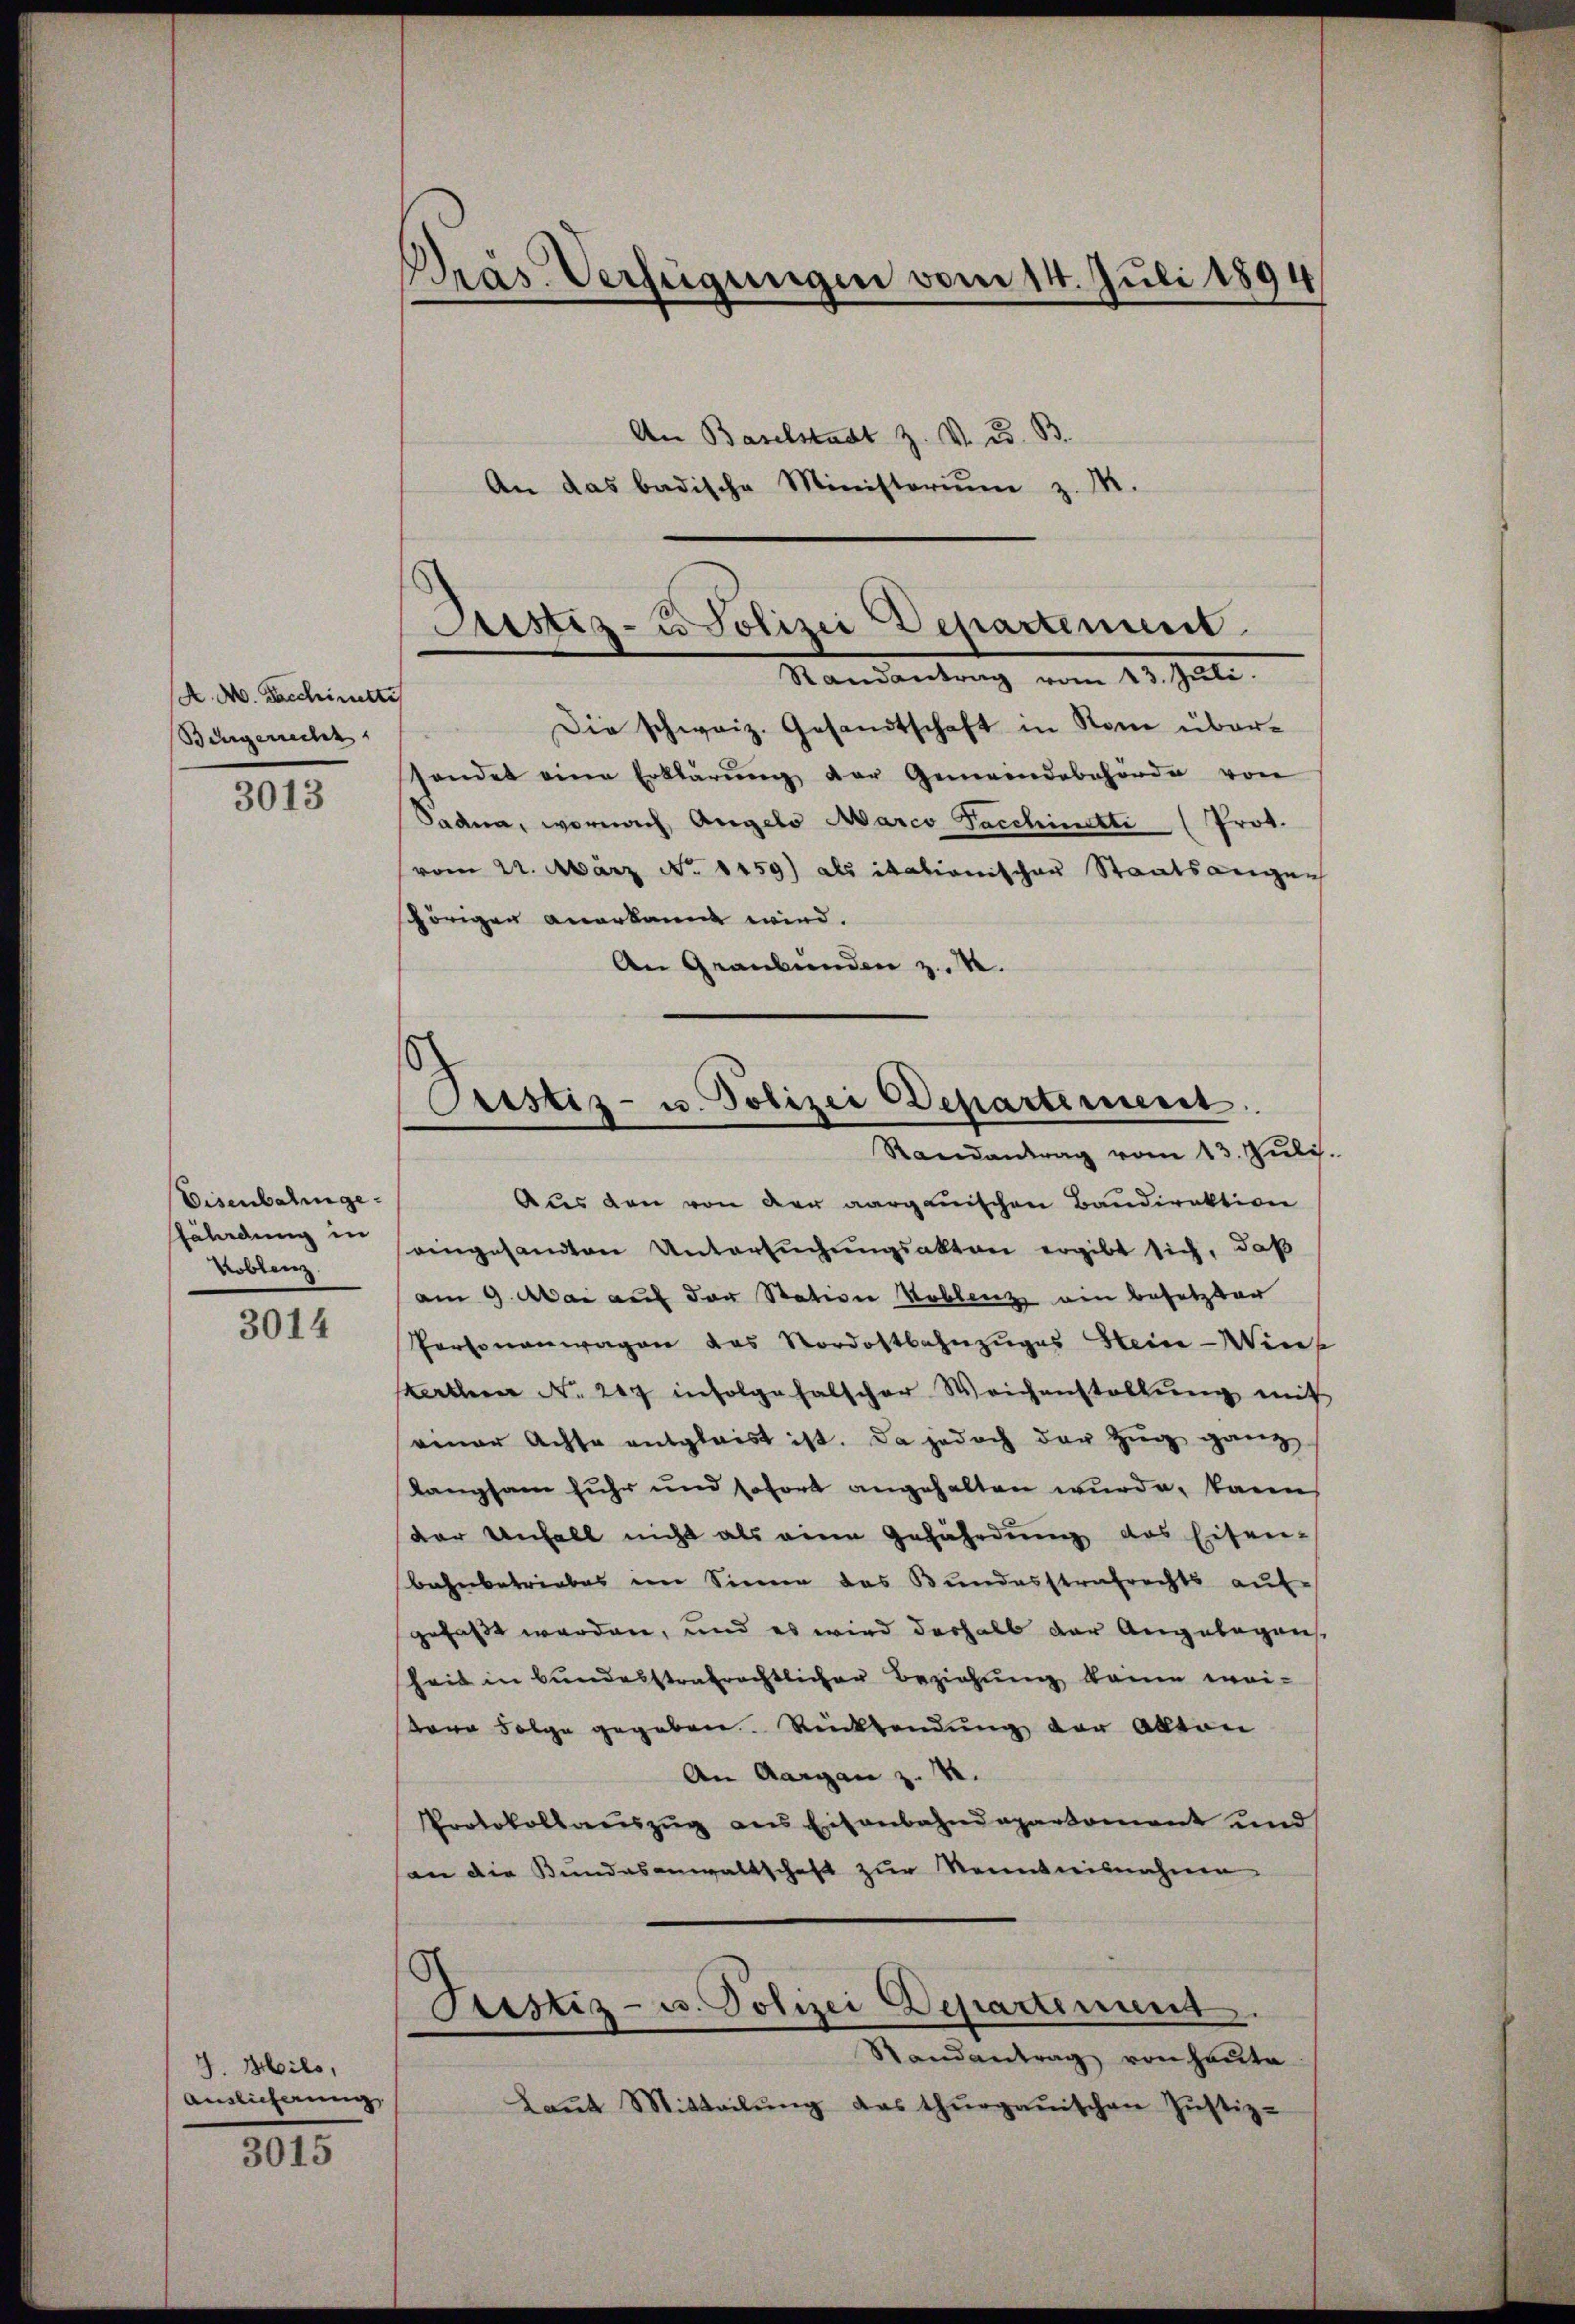
K. A. Faschinistis
Bürgerrecht

3013

Eisenbahnge
fährdung in
Koblenz

3014

J. Heils,
Auslieferung

3015

Pras Verfügungen vom 14. Juli 1894

An Baselstadt Z. V. u. 8
An das badische Ministoriŭm z. M.

Sistiz- u Polizei Departement.
Mandantrag von 20. Juli.

Die schweiz. Gesandtschaft in Rom übersendet eine Erklärŭng der Gemeindebehörde von
Saana, wornach Angelo Marco Facchinette (Prot.
vom 22. März No. 1459) als italionischen Staatsangen
schörigen anerkannt wird.
An Graubünden z. B.

s
Cristiz- u. Polizei Departement

Randantrag vom 13. Juli
Aus den von der aarganischen Bandirektion
eingesamten Untersuchungsakten ergibt sich, daß
am 9. Mai auf der Station Koblenz ein besetzter
Personenwagen das Nordostbahnzuges Hein-Wins
Karten No. 207 infolgefalscher Weichenstellŭng mit
einer Achte entgleist ist. Da jedoch der Zug ganz
Rangsam fuhr und sofort angehalten wurde, kann
der Unfall nicht als eine Gefährdung das Eisen-
bahnbetriebes im Sinne das Bundesstrafrechts aŭf
gefaßt werden, und es wird deshalb der Angelegens
heit in Bundesstrafrechtlicher Beziehung könne wei-
dore Folge gegeben. Rücksendung der Allton
An Aargau z. B.
Protokollauszug aus Eisenbahndaparkoment und
an die Bundesanwaltschaft zur Kenntnisnahmen.
Justiz- u. Polizei Departement.
Randantrag von heute
Laŭt Mitteilŭng das Thŭrgaŭischen Justiz-